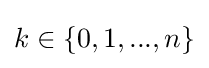
k\in \{0,1,...,n\}